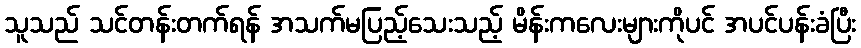
သူသည် သင်တန်းတက်ရန် အသက်မပြည့်သေးသည့် မိန်းကလေးများကိုပင် အပင်ပန်းခံပြီး